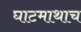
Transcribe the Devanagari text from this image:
घाटमाथाच